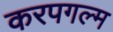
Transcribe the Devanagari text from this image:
करपगल्म